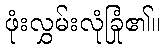
ဖုံးလွှမ်းလုံခြုံ၏။